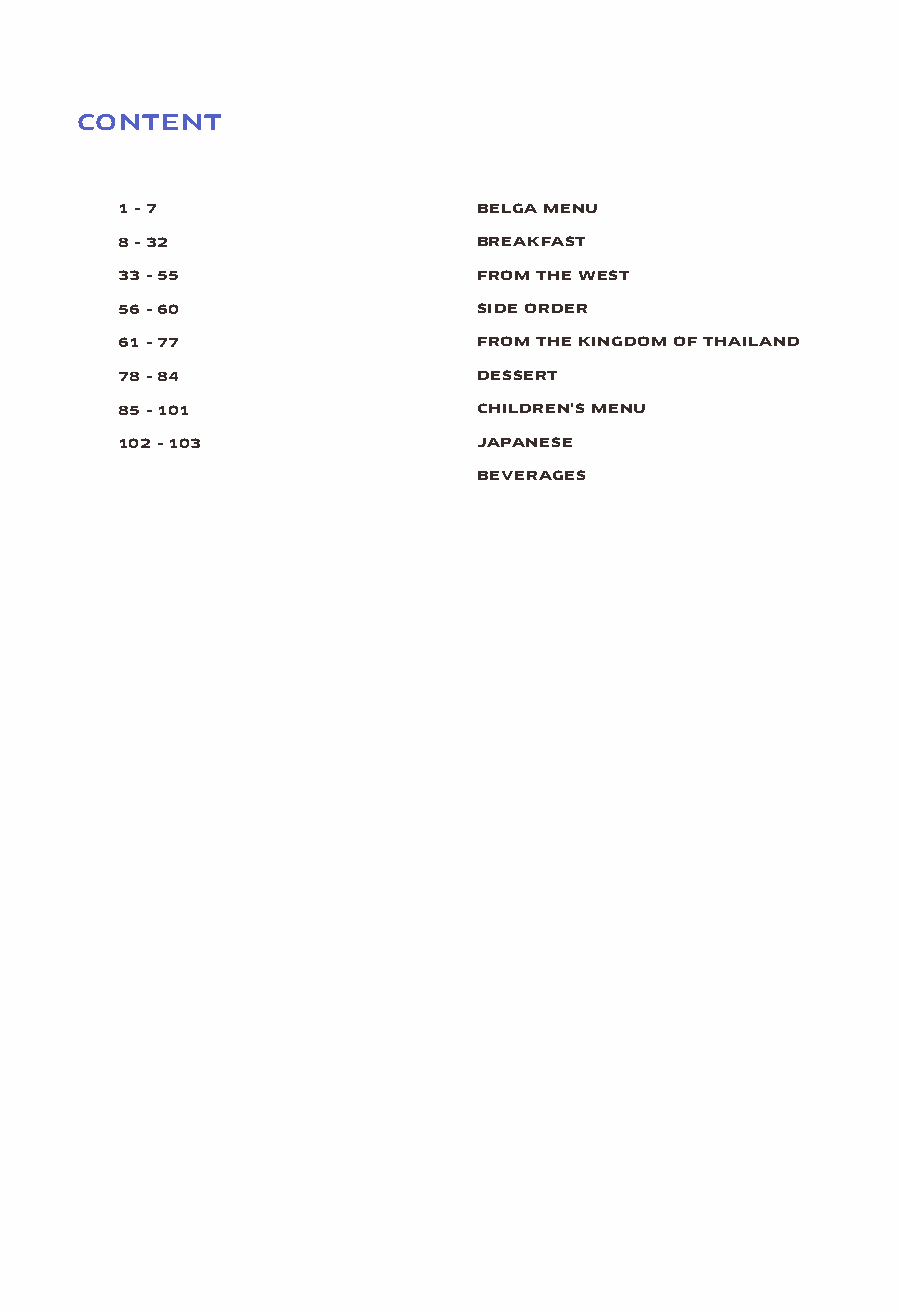
CONTENT
 1 - 7                   BELGA MENU
 8 - 32                  BREAKFAST
 33 - 55                 FROM THE WEST
 56 - 60                 SIDE ORDER
 61 - 77                 FROM THE KINGDOM OF THAILAND
 78 - 84                 DESSERT
 85 - 101                CHILDREN’S MENU
 102 - 103               JAPANESE
 BEVERAGES
 ALLOW US TO FULFIL YOUR NEEDS
 PLEASE ADVISE US OF ANY SPECIAL DIETARY REQUIREMENTS,
 INCLUDING POTENTIAL REACTION TO ALLERGENS.
 TO PLACE YOUR ORDER PLEASE DIAL "0"
 Vegetarian Pork Anti-Aging Detox Energy Well-being Available 24 hrs De-Lights by Sofitel
 Prices are in Thai Baht and subject to 10% service charge and applicable government tax.
 Please advise us of any special dietary requirements, including potential reaction to allergens.
 To place your order please dial "0"